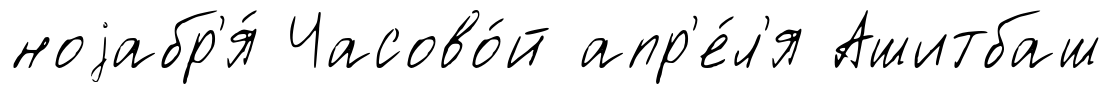
ноjабр'я́ Часово́й апр'е́л'я Ашитбаш